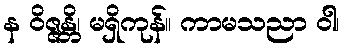
န ဝိဇ္ဇန္တိ၊ မရှိကုန်။ ကာမသညာ ဝါ၊